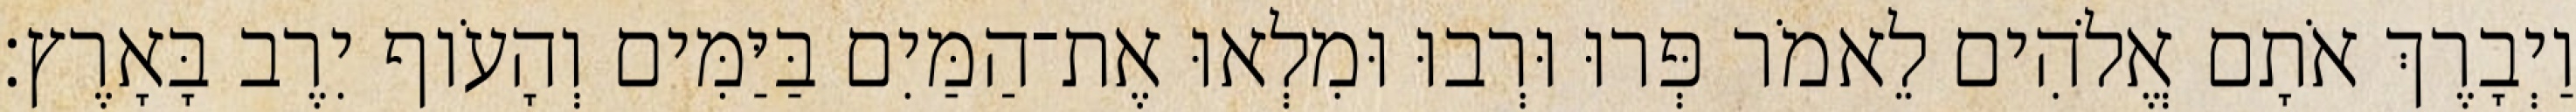
וַיְבָרֶךְ אֹתָם אֱלֹהִים לֵאמֹר פְּרוּ וּרְבוּ וּמִלְאוּ אֶת־הַמַּיִם בַּיַּמִּים וְהָעֹוף יִרֶב בָּאָרֶץ׃